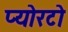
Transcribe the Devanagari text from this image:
प्योरटो